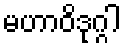
မဟာဝိဒုဂ္ဂါ